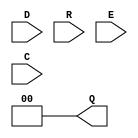
`timescale 1ns/1ps
`celldefine
//
// I_DDR simulation model
// DDR input register
//
// Copyright (c) 2023 Rapid Silicon, Inc.  All rights reserved.
//

module I_DDR (
  input D, // Data input (connect to input port, buffer or I_DELAY)
  input R, // Active-low asynchrnous reset
  input E, // Active-high enable
  input C, // Clock input
  output reg [1:0] Q = 2'b00 // Data output
);

  reg data_pos;
  reg data_neg;

  always @(negedge R)
  begin
    Q <= 2'b00;
    data_pos<=2'b00;
    data_neg<=2'b00;
  end

  always@(posedge C)
  begin
    if(!R)
      data_pos<=0;
    else
      data_pos<=D;
  end

  always@(negedge C)
  begin
    if(!R)
      data_neg<=0;
    else
      data_neg<=D;
  end

  always @(posedge C) 
  begin
    if(!R)
      Q<=0;
    else if(E)
    begin
      Q[1]<=data_pos;
      Q[0]<=data_neg;
    end
    else
      Q<=Q;
    
  end

endmodule
`endcelldefine